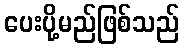
ပေးပို့မည်ဖြစ်သည်